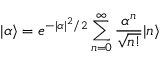
| \alpha \rangle = e ^ { - | \alpha | ^ { 2 } / 2 } \sum _ { n = 0 } ^ { \infty } \frac { \alpha ^ { n } } { \sqrt { n ! } } | n \rangle